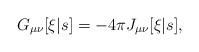
LaTeX: \begin{align*}G_{\mu\nu}[\xi|s] = - 4\pi J_{\mu\nu}[\xi|s],\end{align*}